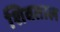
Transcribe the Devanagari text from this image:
शिवताल